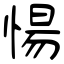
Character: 愓